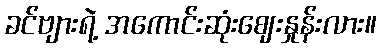
ခင်ဗျားရဲ့ အကောင်းဆုံးဈေးနှုန်းလား။